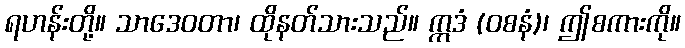
ရဟန်းတို့။ သာဒေဝတာ၊ ထိုနတ်သားသည်။ ဣဒံ (ဝစနံ)၊ ဤစကားကို။